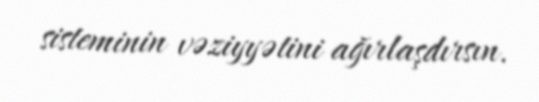
sisteminin vəziyyətini ağırlaşdırsın.